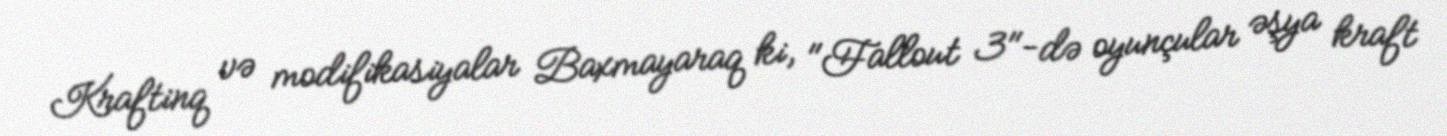
Kraftinq və modifikasiyalar Baxmayaraq ki, "Fallout 3"-də oyunçular əşya kraft